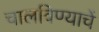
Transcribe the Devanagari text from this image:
चालविण्याचें